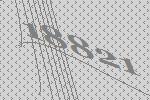
18821